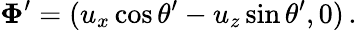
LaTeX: \boldsymbol\Phi^{\prime}=(u_{x}\cos\theta^{\prime}-u_{z}\sin\theta^{\prime},0)\, .